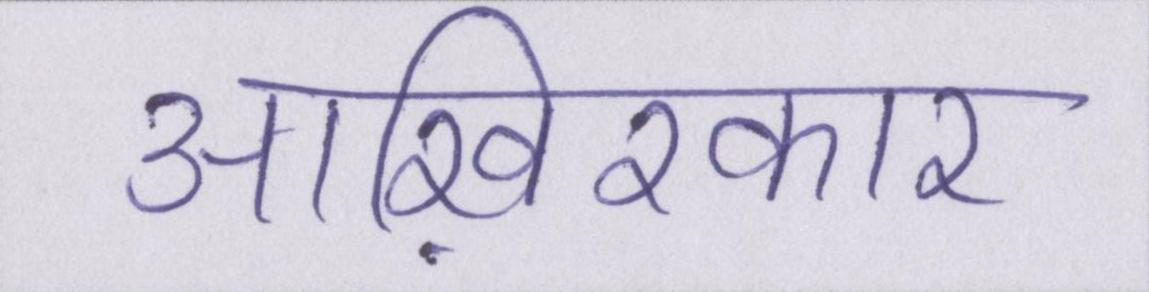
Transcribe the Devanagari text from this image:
आख़िरकार